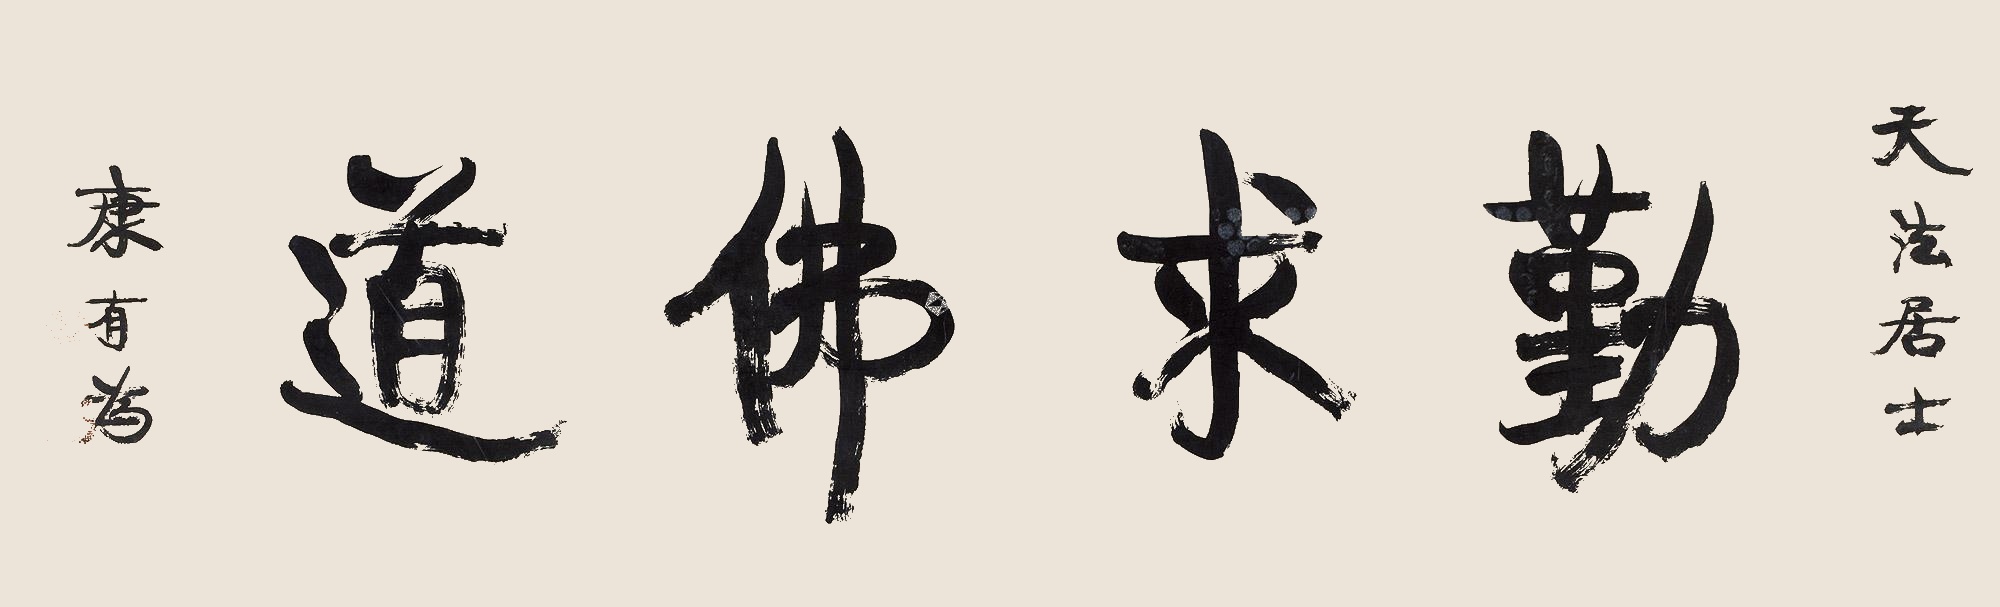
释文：勤求佛道天法居士，康有为。